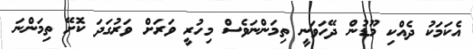
އެކަމަކު ދެއްކި މޫޑުން ދޭހަވަނީ ތިމަންނަވެސް މިހުރީ ވަރަށް ވަރުގަދަ ކޮށޭ ތިމަންނަ